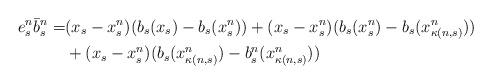
LaTeX: \begin{align*} e^n_s \bar b^n_s =& (x_s-x_s^n)(b_s(x_s)-b_s(x^n_s)) + (x_s-x^n_s)(b_s(x^n_s)-b_s(x^n_{\kappa(n,s)})) \\& +(x_s-x^n_s)(b_s(x^n_{\kappa(n,s)})-b_s^n(x^n_{\kappa(n,s)}))\end{align*}